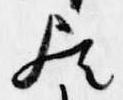
歟